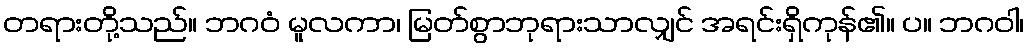
တရားတို့သည်။ ဘဂဝံ မူလကာ၊ မြတ်စွာဘုရားသာလျှင် အရင်းရှိကုန်၏။ ပ။ ဘဂဝါ၊